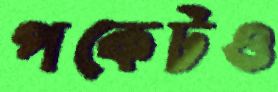
পকেটও